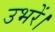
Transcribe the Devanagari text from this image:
उभरें।